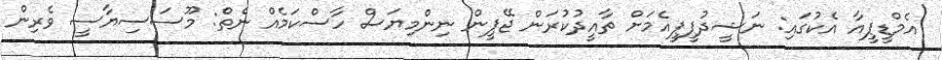
އެމްޑީޕީއާ އެކުގައި: ނަޝީދުޕީޕީއެމަށް ތާއީދުކުރަން ޖޭޕީން ނިންމިޔަސް ހާސްކަމެއް ނެތް: މޫސަސިޔާސީ ވެރިން